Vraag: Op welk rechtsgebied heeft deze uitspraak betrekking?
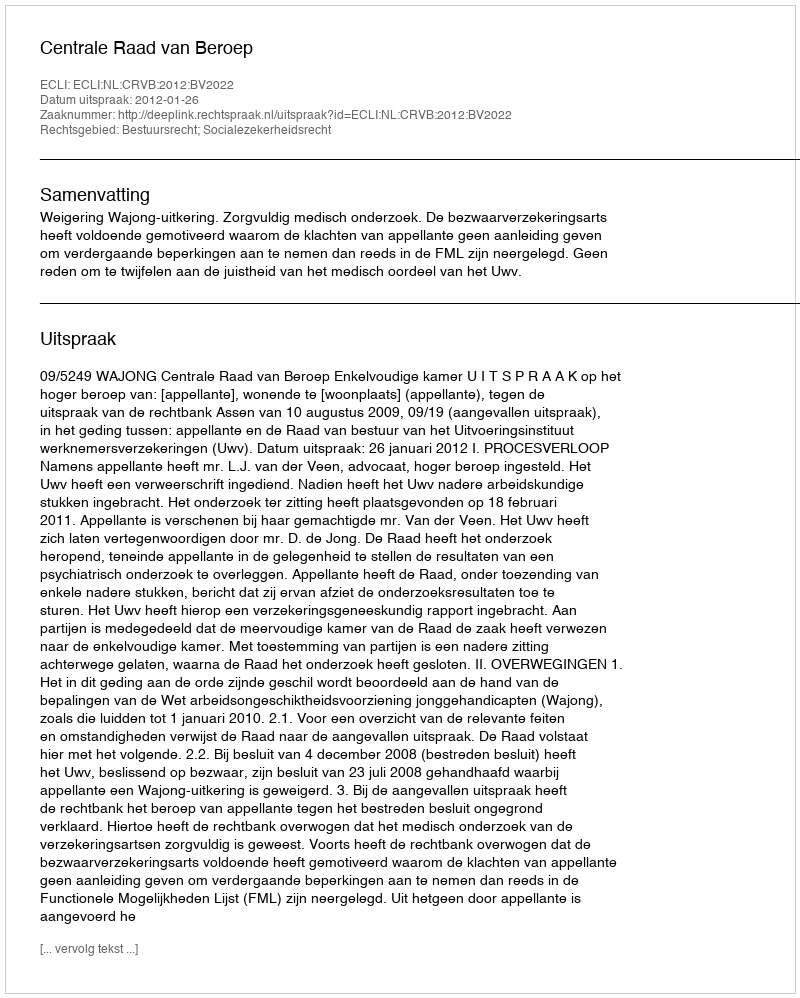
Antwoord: Bestuursrecht; Socialezekerheidsrecht